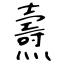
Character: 燾